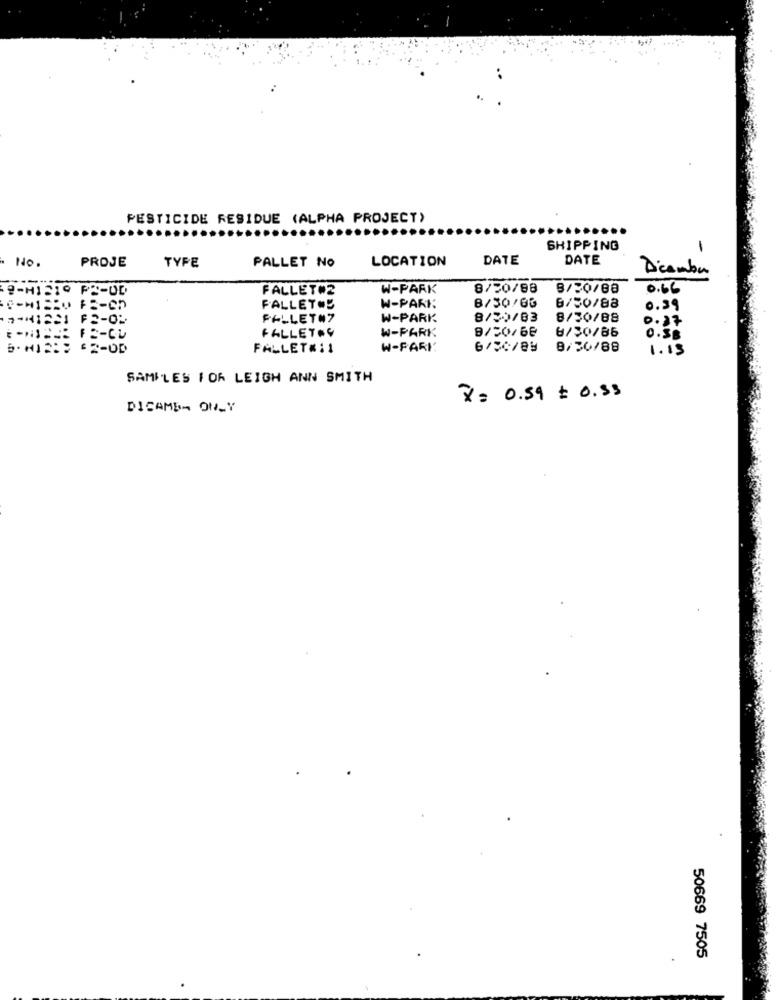
PESTICIDE RESIDUE (ALPHA PROJECT)
SHIPPING
-
. No.
TYPE
DATE
DATE
PROJE
PALLET NO
LOCATION
Dicamba
FALLET#2
W-PARK
8/50/88
8/30/08
0.66
FALLETOS
W-PARK
8/30/60
6/50/88
0.39
2-41221 FS-O-
FALLET#7
W-PARK
8/50/03
8/30/88
FALLETAY
9/50/68
6/30/85
W-PARK
0.SB
5-11582 2-0D
FALLET#:1
W-PARK
8/30/88
1.13
SAMILES FOR LEIGH ANN SMITH
x= 0.59 = 0.33
DICAMER ONLY
50669 7505